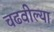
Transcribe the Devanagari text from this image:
चढवील्या